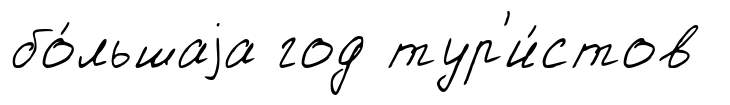
бо́льшаjа год тур'и́стов